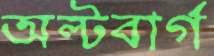
অল্টবার্গ